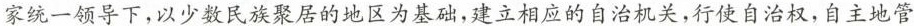
家统一领导下，以少数民族聚居的地区为基础，建立相应的自治机关，行使自治权，自主地管